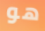
هو